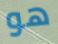
هو